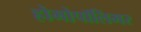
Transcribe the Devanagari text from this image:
होमोपॉलिमर